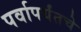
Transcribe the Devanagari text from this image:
पर्वापर्यंतचे